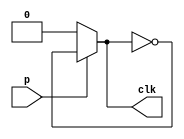
`timescale 1ns / 1ps
//////////////////////////////////////////////////////////////////////////////////
// Company: 
// Engineer: 
// 
// Design Name: 
// Module Name:    CAM_BIEN_XA 
// Project Name: 
// Target Devices: 
// Tool versions: 
// Description: 
//
// Dependencies: 
//
// Revision: 
// Revision 0.01 - File Created
// Additional Comments: 
//
//////////////////////////////////////////////////////////////////////////////////
module CAM_BIEN_XA(
    input p,
    output reg clk
    );
	 
initial 
	begin
	clk = 0; 
	end
	
always
begin
#500000;
	if (p)
	clk = ~clk ;
	else
	clk = 0;	
end
endmodule